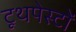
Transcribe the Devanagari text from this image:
टूथपेस्टों